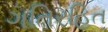
ગતિરહિત